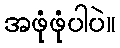
အဖုံဖုံပါပဲ။